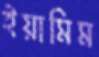
ইয়ামিম